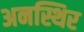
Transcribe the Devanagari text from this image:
अनस्थिर